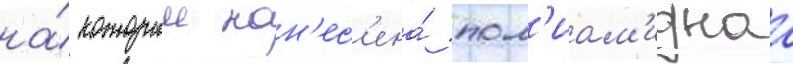
на́ которыи нан'ес'ена́ пол'иам'иднаа